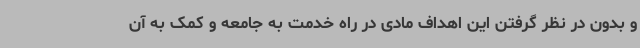
و بدون در نظر گرفتن این اهداف مادی در راه خدمت به جامعه و کمک به آن